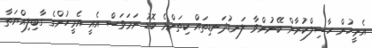
އެމީހުން ހާސިލްކުރާން ބޭނުންވާ ލަނޑުދަނޑިތައް ކިތަންމެ ބޮޑު ނަމަވަސް އެއީ އެމީހުންގެ ގާބިލިއްޔަތާ